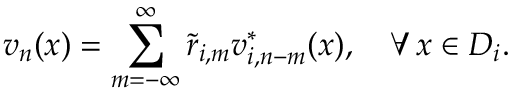
v _ { n } ( x ) = \sum _ { m = - \infty } ^ { \infty } \Tilde { r } _ { i , m } v _ { i , n - m } ^ { * } ( x ) , \quad \forall \, x \in D _ { i } .